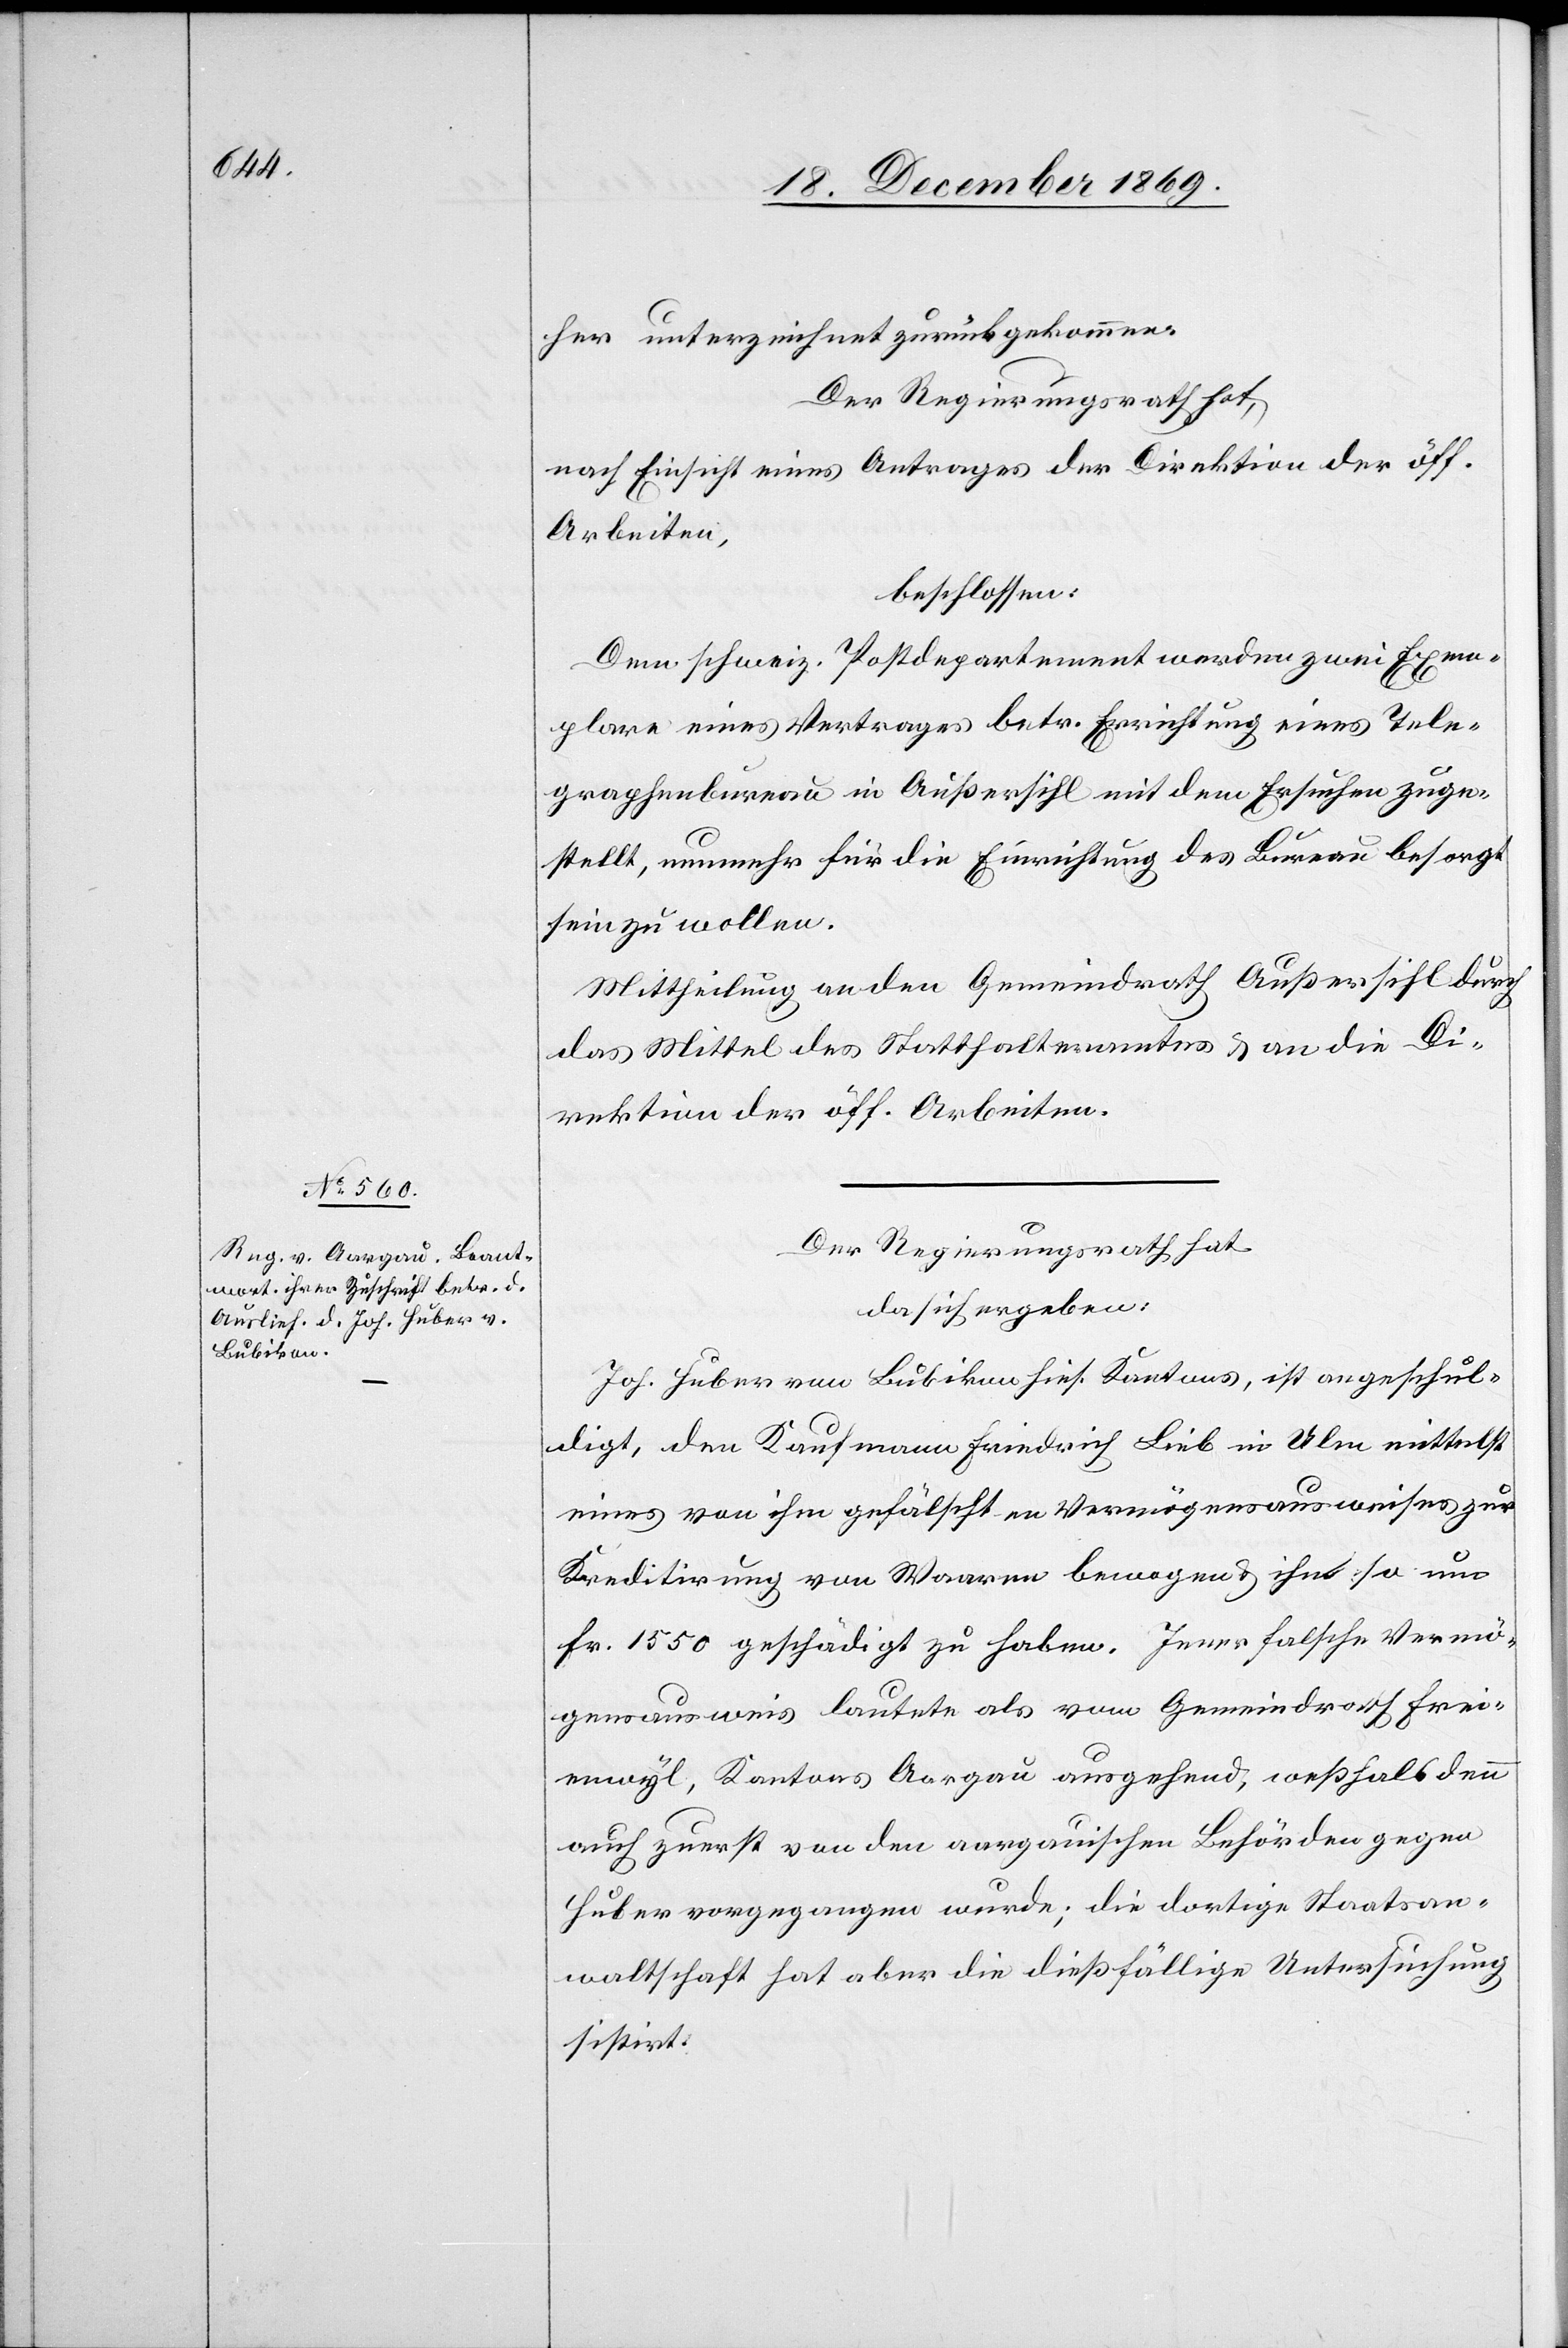
her unterzeichnet zurückgekommen.
Der Regierungsrath hat,
nach Einsicht eines Antrages der Direktion der öff.
Arbeiten,
beschlossen:
Dem schweiz. Postdepartement werden zwei Exem¬
plare eines Vertrages betr. Errichtung eines Tele¬
graphenbureau in Außersihl mit dem Ersuchen zuge¬
stellt, nunmehr für die Einrichtung des Bureau besorgt
sein zu wollen.
Mittheilung an den Gemeindrath Außersihl durch
das Mittel des Statthalteramtes & an die Di¬
rektion der öff. Arbeiten.
Der Regierungsrath hat
da sich ergeben:
Joh. Huber von Bubikon hies. Kantons, ist angeschul¬
digt, den Kaufmann Friedrich Lieb in Ulm mittelst
eines von ihm gefälschten Vermögensausweises zur
Kreditirung von Waaren bewogen & ihn so um
Fr. 1550 geschädigt zu haben. Jener falsche Vermö¬
gensausweis lautete als vom Gemeindrath Frei¬
enwyl, Kantons Aargau ausgehend, weßhalb denn
auch zuerst von den aargauischen Behörden gegen
Huber vorgegangen wurde; die dortige Staatsan¬
waltschaft hat aber die dießfällige Untersuchung
sistirt.